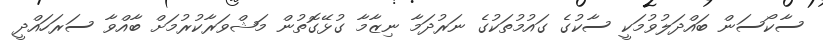
ސާކޯސަން ބައްދަލުވުމަކީ ސާކުގެ ގައުމުތަކުގެ ނަރުދަމާ ނިޒާމާ ގުޅޭގޮތުން މަޝްވަރާކުރުމަށް ބާއްވާ ސަރަހައްދީ